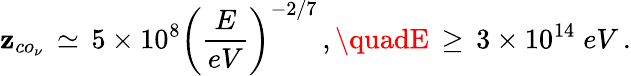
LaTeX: \mathbf{z}_{co_{\nu}}\, \simeq\, 5\times10^{8}\bigg(\frac{{E}}{{eV}}\bigg)^{-2/7}\, ,\quadE\, \geq\, 3\times10^{14}\; eV\, .